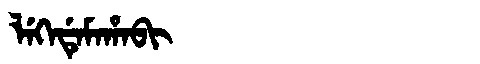
Manchu: ᠯᡝᡴᡝᡩᡝᠮᠠᡥᠠᠪᡳ
Romanization: LEKEDEMAHABI